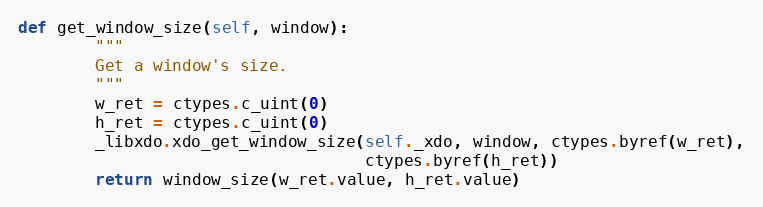
Language: Python
def get_window_size(self, window):
        """
        Get a window's size.
        """
        w_ret = ctypes.c_uint(0)
        h_ret = ctypes.c_uint(0)
        _libxdo.xdo_get_window_size(self._xdo, window, ctypes.byref(w_ret),
                                    ctypes.byref(h_ret))
        return window_size(w_ret.value, h_ret.value)